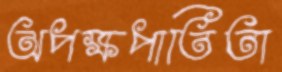
অপক্ষপাতিতা